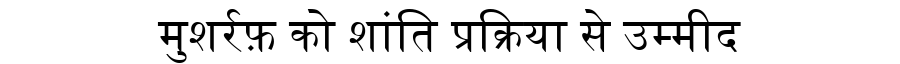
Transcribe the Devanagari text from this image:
मुशर्रफ़ को शांति प्रक्रिया से उम्मीद